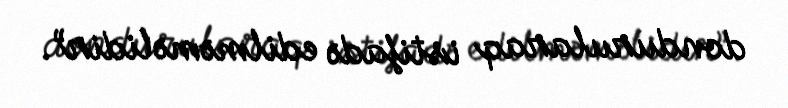
dondurularaq istifadə edilməməlidir”.